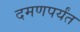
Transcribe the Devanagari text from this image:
दमणपर्यंत